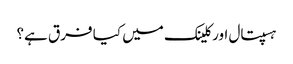
ہسپتال اور کلینک میں کیا فرق ہے؟